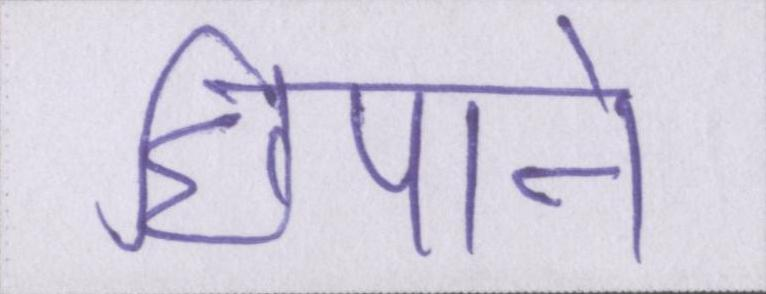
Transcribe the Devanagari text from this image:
छिपाने